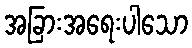
အခြားအရေးပါသော